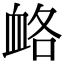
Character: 衉